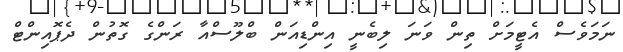
ނަމަވެސް އެޓީމަށް ތިން ވަނަ ލިބެނީ އިންޑިއަން ބްލޫސްއާ ރަންގެ ގޮތުން ދެޕޮއިންޓް